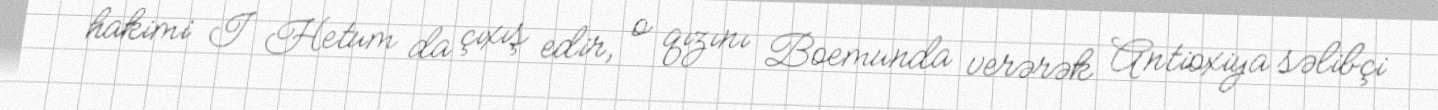
hakimi I Hetum da çıxış edir, o qızını Boemunda verərək Antioxiya səlibçi